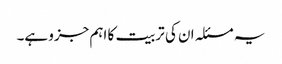
یہ مسئلہ ان کی تربیت کا اہم جزو ہے۔